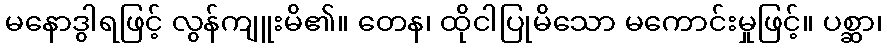
မနောဒွါရဖြင့် လွန်ကျူးမိ၏။ တေန၊ ထိုငါပြုမိသော မကောင်းမှုဖြင့်။ ပစ္ဆာ၊